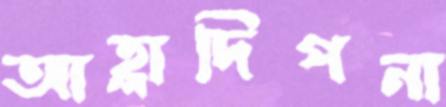
আহ্লাদিপনা